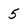
Character: 5